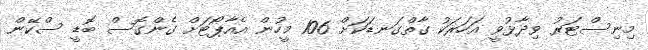
މިނިސްޓަރު ވިދާޅުވީ އަހަރަކު ގާތްގަނޑަކަށް 106 މީހުން އެއާޕޯޓަށް ގެންގޮސް ބޮޑީ ސްކޭން